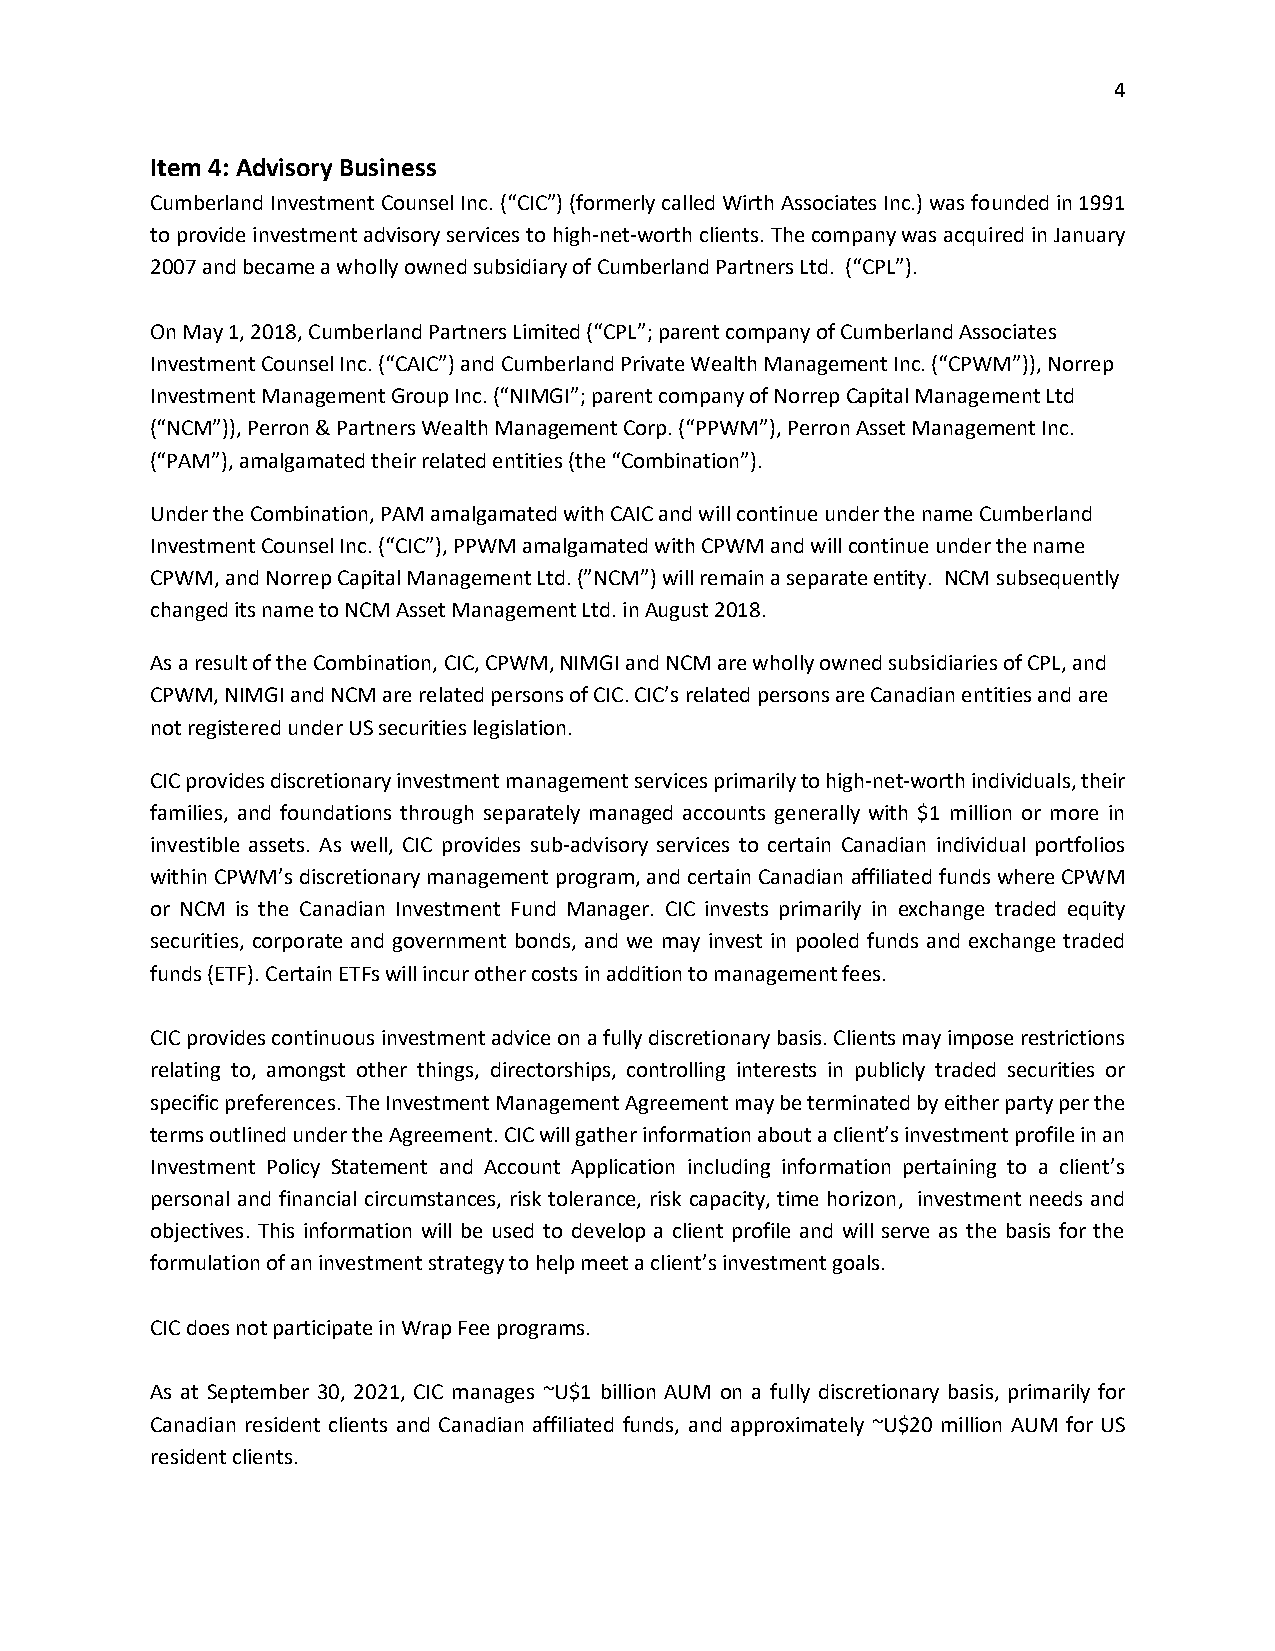
4
 Item 4: Advisory Business
 Cumberland Investment Counsel Inc. (“CIC”) (formerly called Wirth Associates Inc.) was founded in 1991
 to provide investment advisory services to high-net-worth clients. The company was acquired in January
 2007 and became a wholly owned subsidiary of Cumberland Partners Ltd. (“CPL”).
 On May 1, 2018, Cumberland Partners Limited (“CPL”; parent company of Cumberland Associates
 Investment Counsel Inc. (“CAIC”) and Cumberland Private Wealth Management Inc. (“CPWM”)), Norrep
 Investment Management Group Inc. (“NIMGI”; parent company of Norrep Capital Management Ltd
 (“NCM”)), Perron & Partners Wealth Management Corp. (“PPWM”), Perron Asset Management Inc.
 (“PAM”), amalgamated their related entities (the “Combination”).
 Under the Combination, PAM amalgamated with CAIC and will continue under the name Cumberland
 Investment Counsel Inc. (“CIC”), PPWM amalgamated with CPWM and will continue under the name
 CPWM, and Norrep Capital Management Ltd. (”NCM”) will remain a separate entity. NCM subsequently
 changed its name to NCM Asset Management Ltd. in August 2018.
 As a result of the Combination, CIC, CPWM, NIMGI and NCM are wholly owned subsidiaries of CPL, and
 CPWM, NIMGI and NCM are related persons of CIC. CIC’s related persons are Canadian entities and are
 not registered under US securities legislation.
 CIC provides discretionary investment management services primarily to high-net-worth individuals, their
 families, and foundations through separately managed accounts generally with $1 million or more in
 investible assets. As well, CIC provides sub-advisory services to certain Canadian individual portfolios
 within CPWM’s discretionary management program, and certain Canadian affiliated funds where CPWM
 or NCM is the Canadian Investment Fund Manager. CIC invests primarily in exchange traded equity
 securities, corporate and government bonds, and we may invest in pooled funds and exchange traded
 funds (ETF). Certain ETFs will incur other costs in addition to management fees.
 CIC provides continuous investment advice on a fully discretionary basis. Clients may impose restrictions
 relating to, amongst other things, directorships, controlling interests in publicly traded securities or
 specific preferences. The Investment Management Agreement may be terminated by either party per the
 terms outlined under the Agreement. CIC will gather information about a client’s investment profile in an
 Investment Policy Statement and Account Application including information pertaining to a client’s
 personal and financial circumstances, risk tolerance, risk capacity, time horizon, investment needs and
 objectives. This information will be used to develop a client profile and will serve as the basis for the
 formulation of an investment strategy to help meet a client’s investment goals.
 CIC does not participate in Wrap Fee programs.
 As at September 30, 2021, CIC manages ~U$1 billion AUM on a fully discretionary basis, primarily for
 Canadian resident clients and Canadian affiliated funds, and approximately ~U$20 million AUM for US
 resident clients.